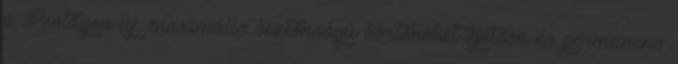
a Pentagon új, maximális biztonságú börtönöket építsen és permanens